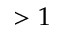
> 1